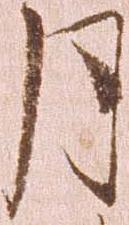
月